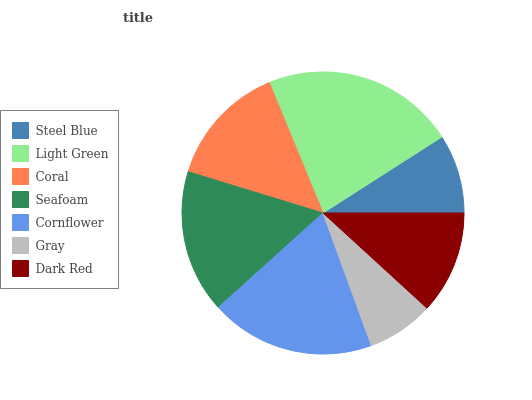
| Steel Blue | Light Green | Coral | Seafoam | Cornflower | Gray | Dark Red |
 | --- | --- | --- | --- | --- | --- | --- |
 | 9.06% | 22.1% | 14.1% | 16.4% | 18.9% | 7.64% | 11.8% |